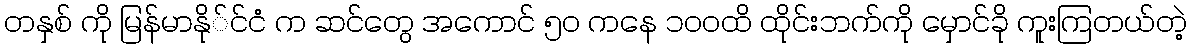
တနှစ် ကို မြန်မာနို်င်ငံ က ဆင်တွေ အကောင် ၅ဝ ကနေ ၁၀ဝထိ ထိုင်းဘက်ကို မှောင်ခို ကူးကြတယ်တဲ့